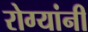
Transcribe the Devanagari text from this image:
रोग्यांनी